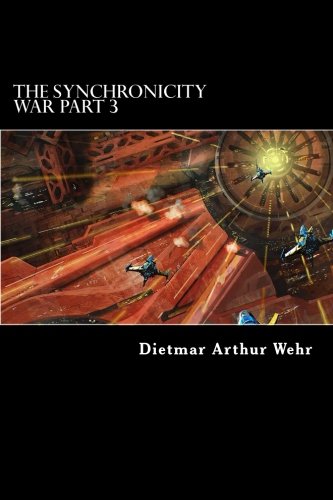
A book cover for The Synchronicity War Part 3 (Volume 3); Dietmar Arthur Wehr; Science Fiction & Fantasy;